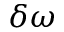
\delta \omega